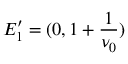
E _ { 1 } ^ { \prime } = ( 0 , 1 + \frac { 1 } { \nu _ { 0 } } )